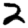
Digit: 2